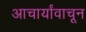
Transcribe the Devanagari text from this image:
आचार्यांवाचून